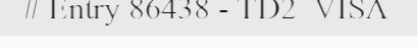
# Entry 86438 - TD2_VISA